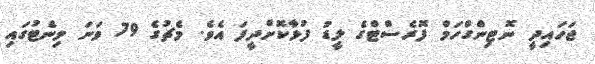
ޖަހައިދީ ނޮޓިންގްހަމް ފޮރެސްޓްގެ ލީޑު ފުޅާކޮށްދީފަ އެވެ. މެޗުގެ 79 ވަނަ މިނެޓުގައި